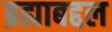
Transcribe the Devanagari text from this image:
ब्रह्माबद्दल